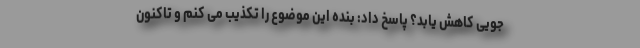
جویی کاهش یابد؟ پاسخ داد: بنده این موضوع را تکذیب می کنم و تاکنون